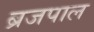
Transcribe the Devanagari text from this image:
ब्रजपाल